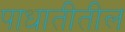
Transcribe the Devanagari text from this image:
पाधातीतील